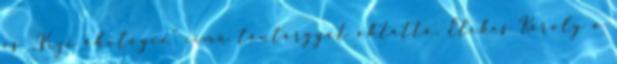
és „Vízi ökológia” című tantárgyat oktatta. Elekes Károly a